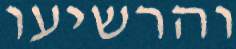
והרשיעו